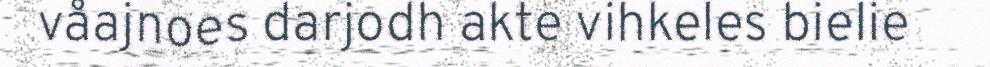
våajnoes darjodh akte vihkeles bielie